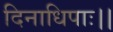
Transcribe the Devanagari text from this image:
दिनाधिपाः।।